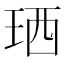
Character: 𤥒